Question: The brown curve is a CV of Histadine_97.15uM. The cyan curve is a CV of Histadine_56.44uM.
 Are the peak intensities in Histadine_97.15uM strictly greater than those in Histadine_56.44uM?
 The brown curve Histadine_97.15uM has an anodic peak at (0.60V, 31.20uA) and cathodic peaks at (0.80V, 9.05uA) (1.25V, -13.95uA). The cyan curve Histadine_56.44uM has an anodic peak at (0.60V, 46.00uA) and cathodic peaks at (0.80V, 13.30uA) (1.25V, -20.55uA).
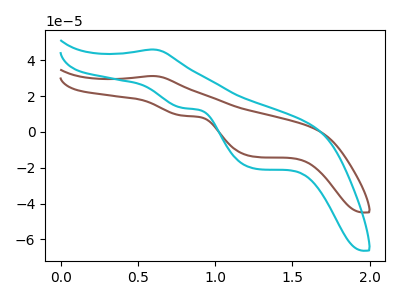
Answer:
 <answer>The peaks in "Histadine_97.15uM" are neither all higher or all lower than the peaks in "Histadine_56.44uM".</answer>
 <eval>mixed</eval>